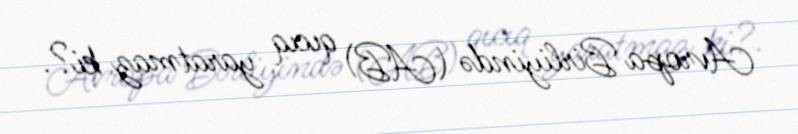
Avropa Birliyində (AB) qıcıq yaratmaz ki?.